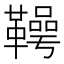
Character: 𮧪